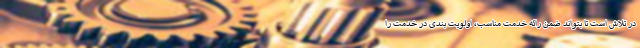
در تلاش است تا بتواند ضمن رائه خدمت مناسب، اولویت بندی در خدمت را